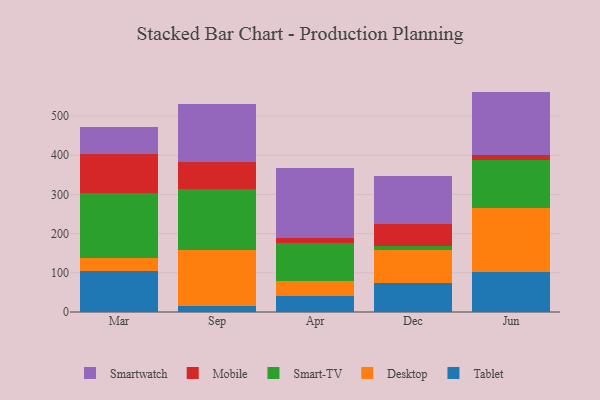
{"axis": {"x": "Month", "y": "Website Visitors"}, "legend": ["Desktop", "Mobile", "Smart-TV", "Smartwatch", "Tablet"], "data": [{"x": "Mar", "y": 105.2, "type": "Tablet"}, {"x": "Mar", "y": 33.8, "type": "Desktop"}, {"x": "Mar", "y": 163.9, "type": "Smart-TV"}, {"x": "Mar", "y": 100.6, "type": "Mobile"}, {"x": "Mar", "y": 69.0, "type": "Smartwatch"}, {"x": "Sep", "y": 16.1, "type": "Tablet"}, {"x": "Sep", "y": 141.6, "type": "Desktop"}, {"x": "Sep", "y": 157.0, "type": "Smart-TV"}, {"x": "Sep", "y": 68.1, "type": "Mobile"}, {"x": "Sep", "y": 147.4, "type": "Smartwatch"}, {"x": "Apr", "y": 41.5, "type": "Tablet"}, {"x": "Apr", "y": 38.2, "type": "Desktop"}, {"x": "Apr", "y": 96.8, "type": "Smart-TV"}, {"x": "Apr", "y": 13.5, "type": "Mobile"}, {"x": "Apr", "y": 176.3, "type": "Smartwatch"}, {"x": "Dec", "y": 75.0, "type": "Tablet"}, {"x": "Dec", "y": 82.9, "type": "Desktop"}, {"x": "Dec", "y": 11.3, "type": "Smart-TV"}, {"x": "Dec", "y": 54.5, "type": "Mobile"}, {"x": "Dec", "y": 123.7, "type": "Smartwatch"}, {"x": "Jun", "y": 102.3, "type": "Tablet"}, {"x": "Jun", "y": 163.5, "type": "Desktop"}, {"x": "Jun", "y": 121.7, "type": "Smart-TV"}, {"x": "Jun", "y": 13.0, "type": "Mobile"}, {"x": "Jun", "y": 161.9, "type": "Smartwatch"}]}